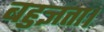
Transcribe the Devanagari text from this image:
बहुज्ञता।